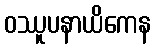
ဝဿူပနာယိကေန